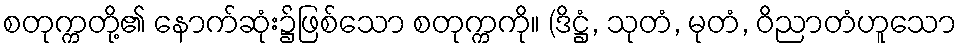
စတုက္ကတို့၏ နောက်ဆုံး၌ဖြစ်သော စတုက္ကကို။ (ဒိဋ္ဌံ, သုတံ, မုတံ, ဝိညာတံဟူသော